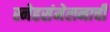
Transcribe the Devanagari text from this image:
स्नेहसंमेलनाची